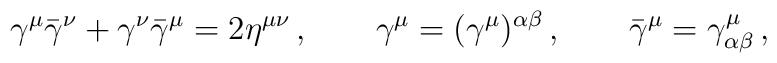
\gamma^\mu\bar{\gamma}^\nu + \gamma^\nu\bar{\gamma}^\mu=2\eta^{\mu\nu}\,,\qquad \gamma^\mu =(\gamma^\mu)^{\alpha\beta}\,, \qquad  \bar{\gamma}^\mu=\gamma^\mu_{\alpha\beta}\,,